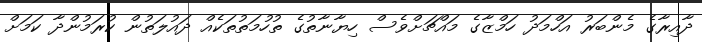
ދާއިރާގެ މެންބަރު އަހްމަދު ހަމްޒާގެ މައްޗަށްވެސް ހިޔާނާތުގެ ތުހުމަތުތަކެއް ދައުލަތުން ކުރަމުންދާ ކަމަށް